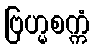
ဗြဟ္မစက္ကံ